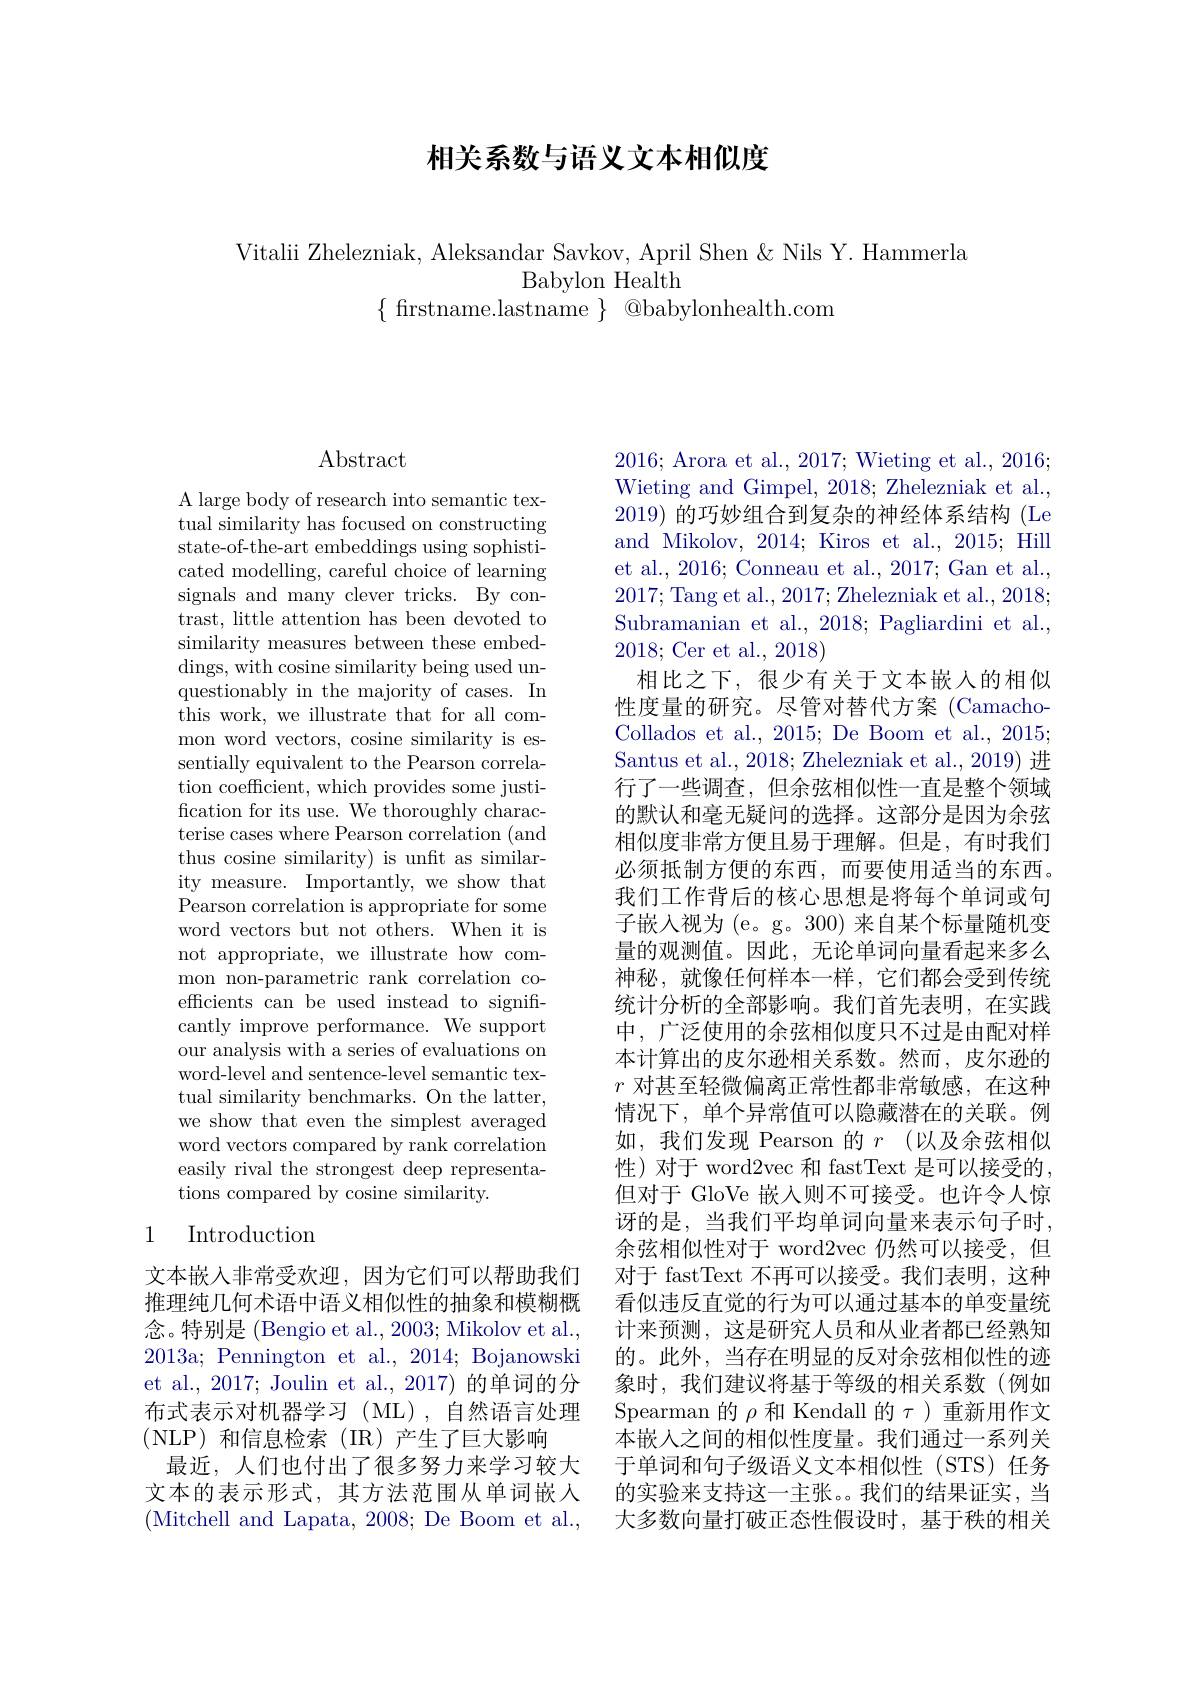
# 相关系数与语义文本相似度

Vitalii Zhelezniak, Aleksandar Savkov, April Shen &Nils Y. Hammerla
Babylon Health
$\{$ firstname.lastname $\}$ @babylonhealth.com

# Abstract

A large body of research into semantic textual similarity has focused on constructing state-of-the-art embeddings using sophisticated modelling, careful choice of learning signals and many clever tricks. By contrast, little attention has been devoted to similarity measures between these embeddings, with cosine similarity being used unquestionably in the majority of cases. In this work, we illustrate that for all common word vectors, cosine similarity is essentially equivalent to the Pearson correlation coefficient, which provides some justification for its use. We thoroughly characterise cases where Pearson correlation (and thus cosine similarity) is unft as similarity measure. Importantly, we show that Pearson correlation is appropriate for some word vectors but not others. When it is not appropriate, we illustrate how common non-parametric rank correlation coefficients can be used instead to significantly improve performance. We support our analysis with a series of evaluations on word-level and sentence-level semantic textual similarity benchmarks. On the latter, we show that even the simplest averaged word vectors compared by rank correlation easily rival the strongest deep representations compared by cosine similarity.

## 1 Introduction

文本嵌入非常受欢迎，因为它们可以帮助我们推理纯几何术语中语义相似性的抽象和模糊概念。特别是 (Bengio et al., 2003; Mikolov et al., 2013a; Pennington et al., 2014; Bojanowski et al., 2017; Joulin et al., 2017) 的单词的分布式表示对机器学习(ML),自然语言处理(NLP)和信息检索(IR)产生了巨大影响
最近，人们也付出了很多努力来学习较大文本的表示形式，其方法范围从单词嵌人(Mitchell and Lapata, 2008; De Boom et al.,

2016; Arora et al., 2017; Wieting et al., 2016; Wieting and Gimpel, 2018; Zhelezniak et al., 2019) 的巧妙组合到复杂的神经体系结构 (Le and Mikolov, 2014; Kiros et al., 2015; Hill et al., 2016; Conneau et al., 2017; Gan et al., 2017;Tang et al., 2017; Zhelezniak et al., 2018; Subramanian et al., 2018; Pagliardini et al., 2018;Cer et al.,2018)
相比之下，很少有关于文本嵌入的相似性度量的研究。尽管对替代方案 (CamachoCollados et al., 2015; De Boom et al., 2015; Santus et al., 2018; Zhelezniak et al., 2019) 进行了一些调查，但余弦相似性一直是整个领域的默认和毫无疑问的选择。这部分是因为余弦相似度非常方便且易于理解。但是，有时我们必须抵制方便的东西，而要使用适当的东西。我们工作背后的核心思想是将每个单词或句子嵌入视为 (e。g。300) 来自某个标量随机变量的观测值。因此，无论单词向量看起来多么神秘，就像任何样本一样，它们都会受到传统统计分析的全部影响。我们首先表明，在实践中，广泛使用的余弦相似度只不过是由配对样本计算出的皮尔逊相关系数。然而，皮尔逊的$r$对甚至轻微偏离正常性都非常敏感，在这种情况下，单个异常值可以隐藏潜在的关联。例如，我们发现 Pearson 的 $r$ (以及余弦相似性)对于 word2vec 和 fastText 是可以接受的， 但对于 GloVe 嵌入则不可接受。也许令人惊讶的是，当我们平均单词向量来表示句子时， 余弦相似性对于 word2vec 仍然可以接受，但对于 fastText 不再可以接受。我们表明，这种看似违反直觉的行为可以通过基本的单变量统计来预测，这是研究人员和从业者都已经熟知的。此外，当存在明显的反对余弦相似性的迹象时，我们建议将基于等级的相关系数(例如Spearman 的$\rho$和 Kendall 的$\tau$)重新用作文本嵌人之间的相似性度量。我们通过一系列关于单词和句子级语义文本相似性(STS)任务的实验来支持这一主张。。我们的结果证实，当大多数向量打破正态性假设时，基于秩的相关